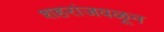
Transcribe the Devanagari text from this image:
शहरांजवळून